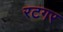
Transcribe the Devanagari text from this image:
रटगर